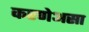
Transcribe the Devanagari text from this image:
करणेअसा